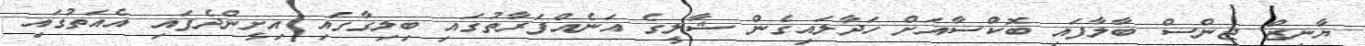
ޔާނިޒް ޖިންސް ބާލާފައި ބޮކްސާއަށް ހަދާލައިގެން ޝާލީގެ އަނެއްފަރާތުގައި ބިލިގާގައި އިށީންދެފައި އެއަތުގައި